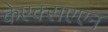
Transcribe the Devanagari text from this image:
केएक्सएएन